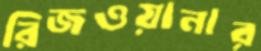
রিজওয়ানার